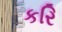
કરિ